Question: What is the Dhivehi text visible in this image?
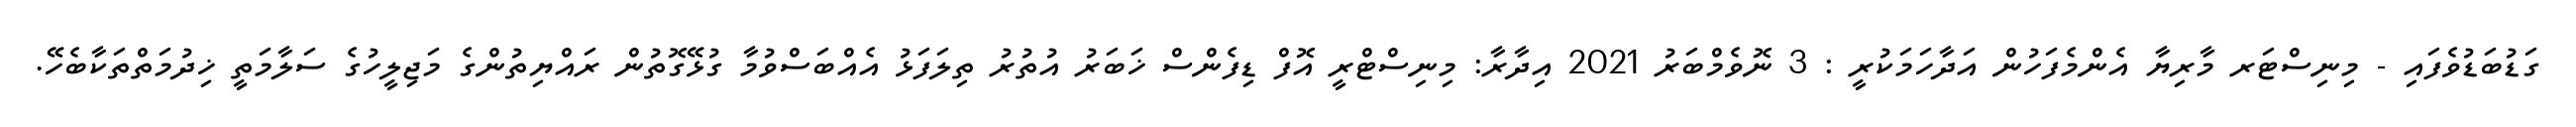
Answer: ގަޑުބަޑުވެފައި - މިނިސްޓަރ މާރިޔާ އެންމެފަހުން އަދާހަމަކުރީ : 3 ނޮވެމްބަރު 2021 އިދާރާ: މިނިސްޓްރީ އޮފް ޑިފެންސް ޚަބަރު އުތުރު ތިލަފަޅު އެއްބަސްވުމާ ގުޅޭގޮތުން ރައްޔިތުންގެ މަޖިލީހުގެ ސަލާމަތީ ޚިދުމަތްތަކާބެހޭ.